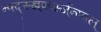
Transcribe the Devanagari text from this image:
न्फ्द्स्ख्र्फ्व्स्ज्न्स्क्ल्